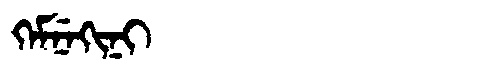
Manchu: ᡴᡝᠮᠨᡝᡴᡳᠨᡳ
Romanization: KEMNEKINI